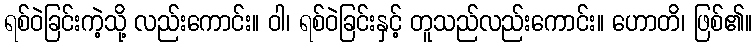
ရစ်ဝဲခြင်းကဲ့သို့ လည်းကောင်း။ ဝါ၊ ရစ်ဝဲခြင်းနှင့် တူသည်လည်းကောင်း။ ဟောတိ၊ ဖြစ်၏။